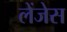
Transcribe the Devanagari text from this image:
लेंजेस